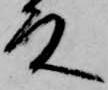
殿